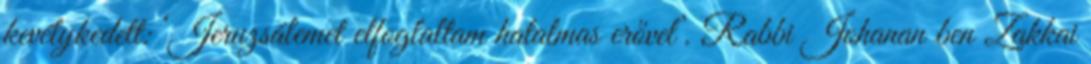
kevélykedett: ‘Jeruzsálemet elfoglaltam hatalmas erővel’. Rabbi Johanan ben Zakkai